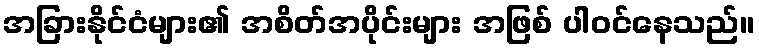
အခြားနိုင်ငံများ၏ အစိတ်အပိုင်းများ အဖြစ် ပါဝင်နေသည်။